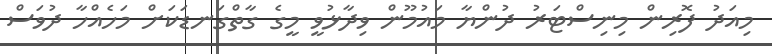
މިއަދު ފޮރިން މިނިސްޓަރު ދުންޔާ މައުމޫން ވިދާޅުވީ މީގެ ގާތްގަނޑަކަށް މަހެއްހާ ދުވަސް